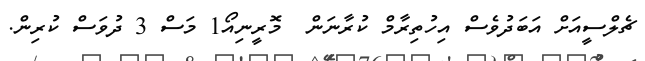
ޗެލްސީއަށް އަބަދުވެސް އިހުތިރާމް ކުރާނަން  މޮރީނިއޯ1 މަސް 3 ދުވަސް ކުރިން.